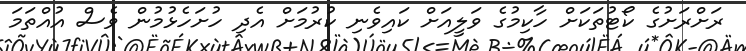
ރަށްރަށުގެ ކޯޓުތަކަށް ހާކިމުގެ ވަލީއަށް ކައިވެނި ކުރުމަށް އެދި ހުށަހެޅުމުން ވެސް އުއްތަމަ